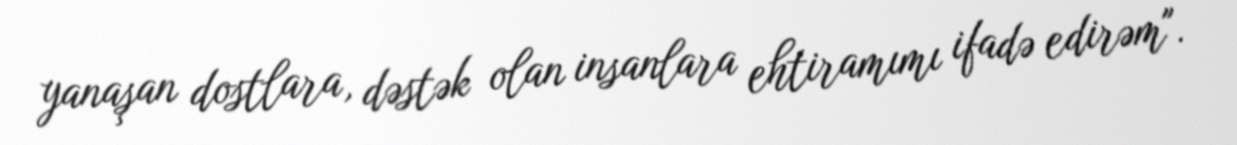
yanaşan dostlara, dəstək olan insanlara ehtiramımı ifadə edirəm".